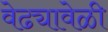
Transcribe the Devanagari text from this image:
वेढ्यावेळी